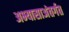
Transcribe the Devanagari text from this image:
अभ्यासाअंतर्गत